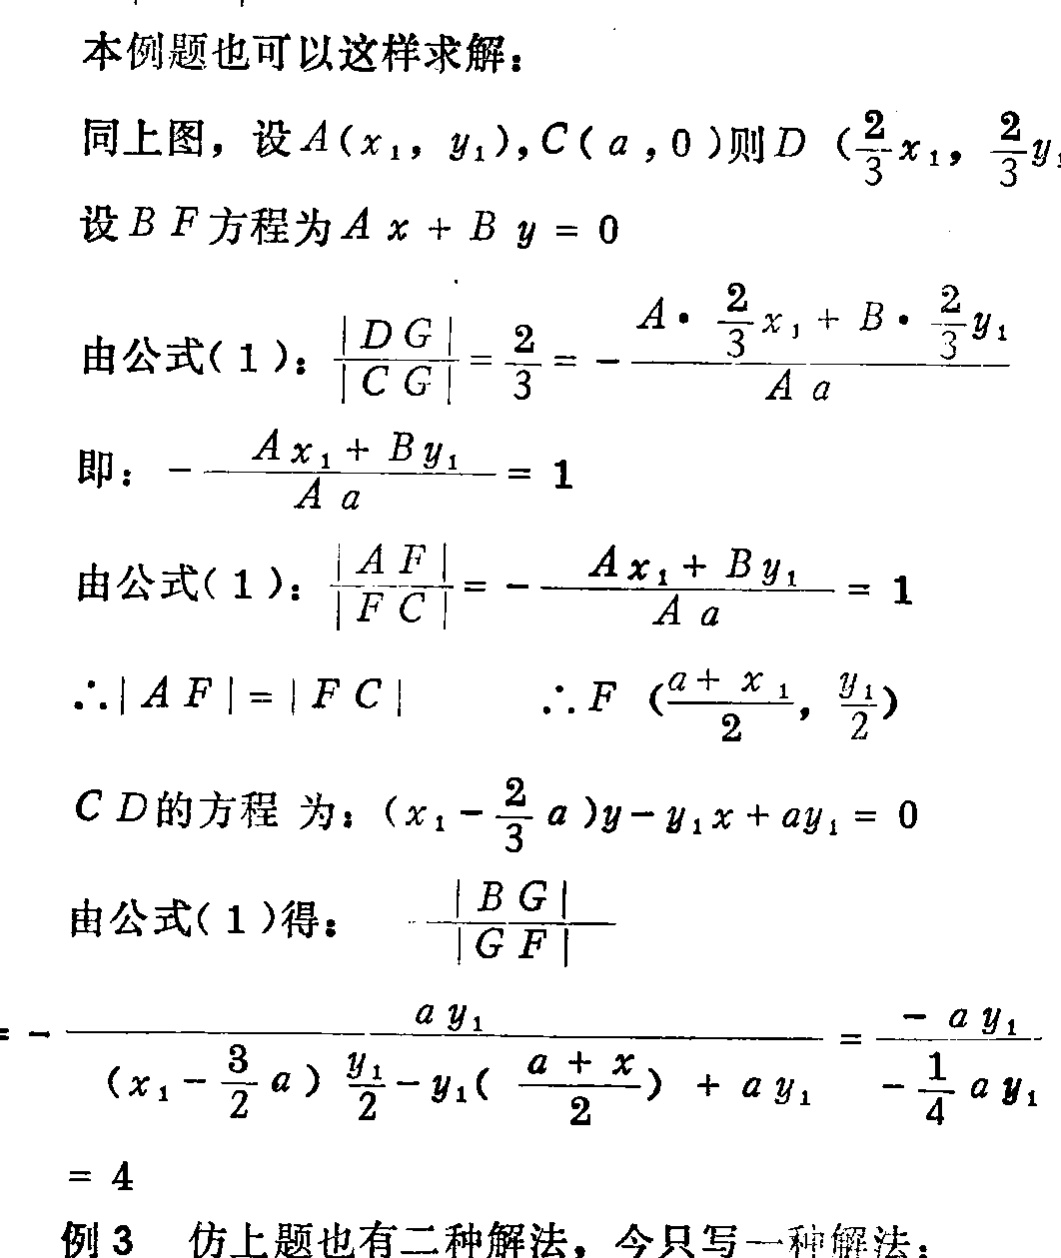
本例题也可以这样求解：
同上图，设\(A(x_1, y_1), C(a, 0)\)则\(D (\frac{2}{3}x_1, \frac{2}{3}y_1)\)
设\(BF\)方程为\(Ax + By = 0\)
由公式(1)：\(\frac{|DG|}{|CG|}=\frac{2}{3}=-\frac{A\cdot\frac{2}{3}x_1 + B\cdot\frac{2}{3}y_1}{Aa}\)
即：\(-\frac{Ax_1 + By_1}{Aa}= 1\)
由公式(1)：\(\frac{|AF|}{|FC|}=-\frac{Ax_1 + By_1}{Aa}= 1\)
\(\therefore|AF| = |FC|\) \(\therefore F (\frac{a + x_1}{2}, \frac{y_1}{2})\)
\(CD\)的方程 为：\((x_1-\frac{2}{3}a)y - y_1x + ay_1 = 0\)
由公式(1)得：
\(\frac{|BG|}{|GF|}=-\frac{ay_1}{(x_1-\frac{3}{2}a)\frac{y_1}{2}-y_1(\frac{a + x_1}{2}) + ay_1}=\frac{-ay_1}{-\frac{1}{4}ay_1}= 4\)
仿上题也有二种解法，今只写一种解法：
例3 仿上题也有二种解法，今只写一种解法：